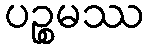
ပဉ္စမဿ